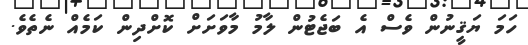
ހަމަ ޔަޤީނުން ވެސް އެ ބަޖެޓުން ލާމު މާވަށަށް ކޮށްދިން ކަމެއް ނެތެވެ.